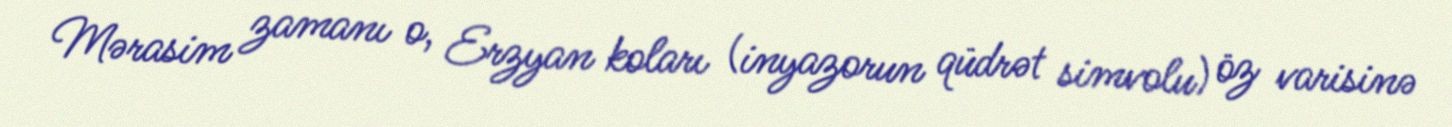
Mərasim zamanı o, Erzyan koları (inyazorun qüdrət simvolu) öz varisinə